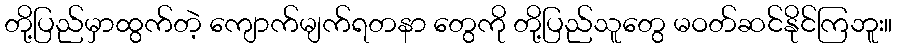
တို့ပြည်မှာထွက်တဲ့ ကျောက်မျက်ရတနာ တွေကို တို့ပြည်သူတွေ မဝတ်ဆင်နိုင်ကြဘူး။